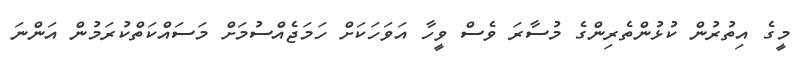
މީގެ އިތުރުން ކުޅުންތެރިންގެ މުސާރަ ވެސް ވީހާ އަވަހަކަށް ހަމަޖެއްސުމަށް މަސައްކަތްކުރަމުން އަންނަ